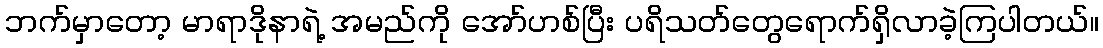
ဘက်မှာတော့ မာရာဒိုနာရဲ့ အမည်ကို အော်ဟစ်ပြီး ပရိသတ်တွေရောက်ရှိလာခဲ့ကြပါတယ်။